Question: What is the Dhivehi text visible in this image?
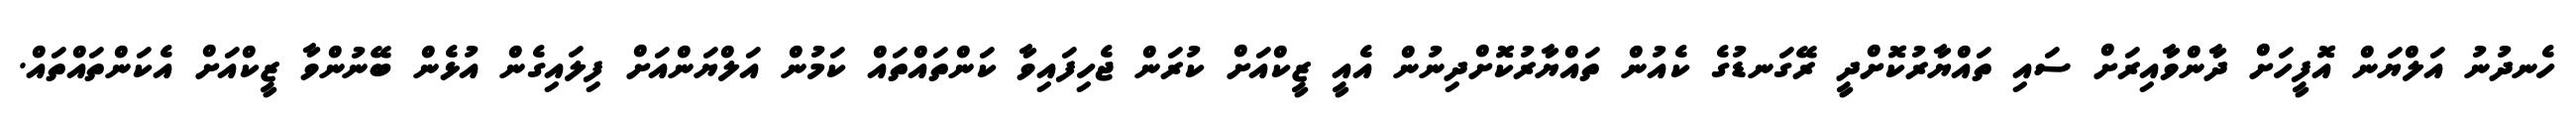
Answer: ހެނދުނު އަލްޔަން އޮފީހަށް ދާންވާއިރަށް ސައި ތައްޔާރުކޮށްދީ ރޭގަނޑުގެ ކެއުން ތައްޔާރުކޮށްދިނުން އެއީ ޒީކްއަށް ކުރަން ޖެހިފައިވާ ކަންތައްތައް ކަމުން އަލްޔަންއަށް ފިލައިގެން އުޅެން ބޭނުންވާ ޒީކްއަށް އެކަންތައްތައް.